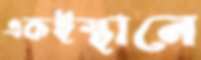
একইস্থানে